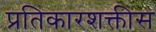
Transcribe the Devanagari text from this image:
प्रतिकारशक्तीस